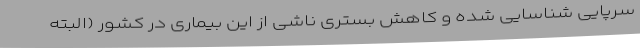
سرپایی شناسایی شده و کاهش بستری ناشی از این بیماری در کشور (البته